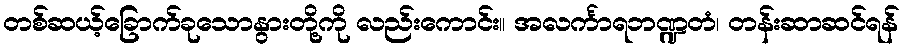
တစ်ဆယ့်ခြောက်ခုသောနွားတို့ကို လည်းကောင်း။ အလင်္ကာရဘဏ္ဍတံ၊ တန်းဆာဆင်ရန်